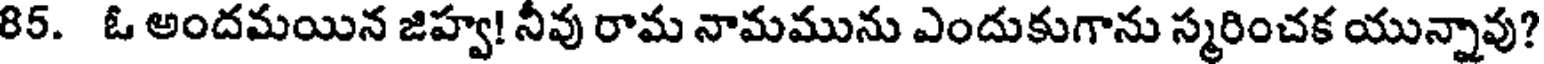
85. ఓ అందమయిన జిహ్వ! నీవు రామ నామమును ఎందుకుగాను స్మరించక యున్నావు?